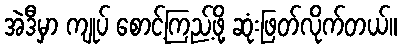
အဲဒီမှာ ကျုပ် စောင့်ကြည့်ဖို့ ဆုံးဖြတ်လိုက်တယ်။